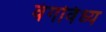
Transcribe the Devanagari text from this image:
वंगविंध्य